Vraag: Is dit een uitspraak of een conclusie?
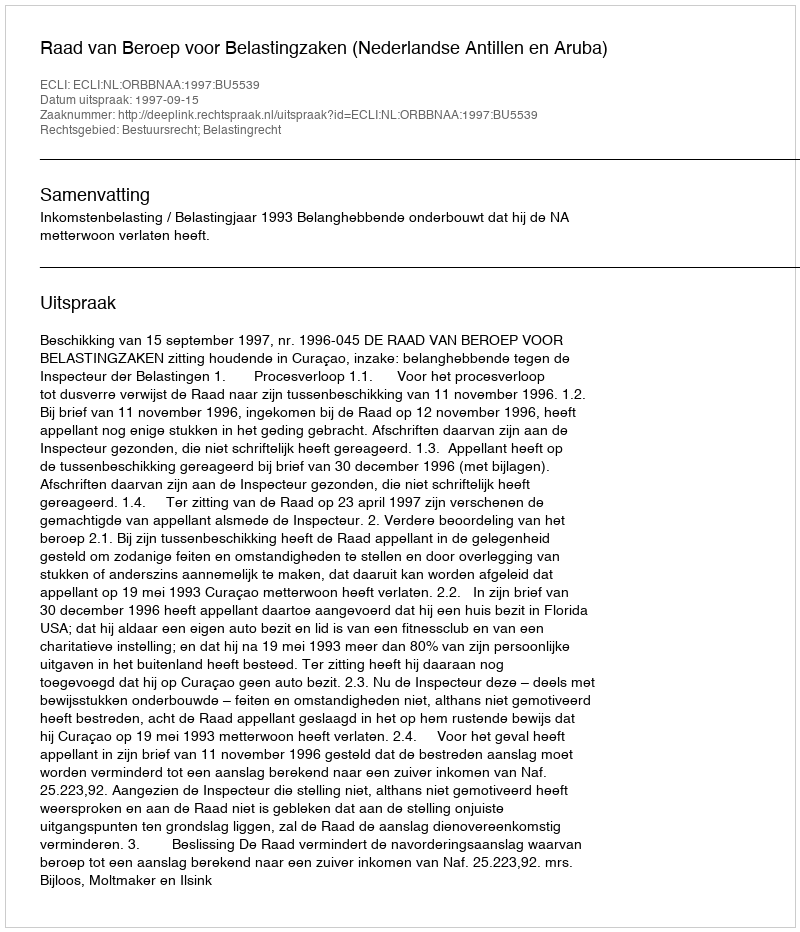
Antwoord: Uitspraak